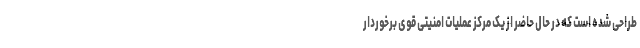
طراحی شده است که در حال حاضر از یک مرکز عملیات امنیتی قوی برخوردار